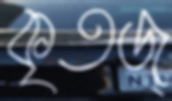
কৃতজ্